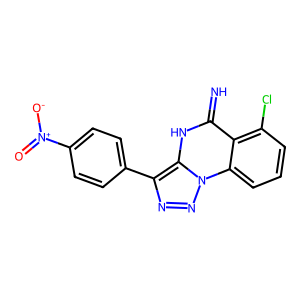
SMILES: N=c1[nH]c2c(-c3ccc([N+](=O)[O-])cc3)nnn2c2cccc(Cl)c12
Inhibits HIV replication: No